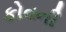
કોવની